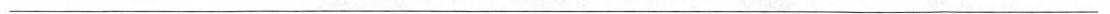
___